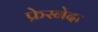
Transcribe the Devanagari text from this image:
फ्रेस्नेदा